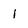
Character: 1